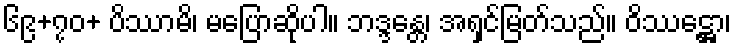
၆၉+၇၀+ ပိဿာမိ၊ မပြောဆိုပါ။ ဘဒ္ဒန္တေ၊ အရှင်မြတ်သည်။ ဝိဿဋ္ဌော၊